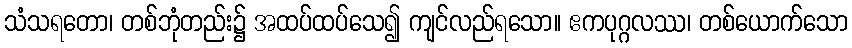
သံသရတော၊ တစ်ဘုံတည်း၌ အထပ်ထပ်သေ၍ ကျင်လည်ရသော။ ဧကပုဂ္ဂလဿ၊ တစ်ယောက်သော